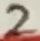
Text: 2